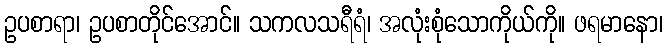
ဥပစာရာ၊ ဥပစာတိုင်အောင်။ သကလသရီရံ၊ အလုံးစုံသောကိုယ်ကို။ ဖရမာနော၊